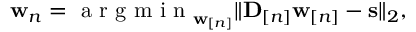
\begin{array} { r } { \mathbf w _ { n } = \mathrm { ~ a ~ r ~ g ~ m ~ i ~ n ~ } _ { \mathbf w _ { [ n ] } } \| { \bf D } _ { [ n ] } \mathbf w _ { [ n ] } - \mathbf s \| _ { 2 } , } \end{array}